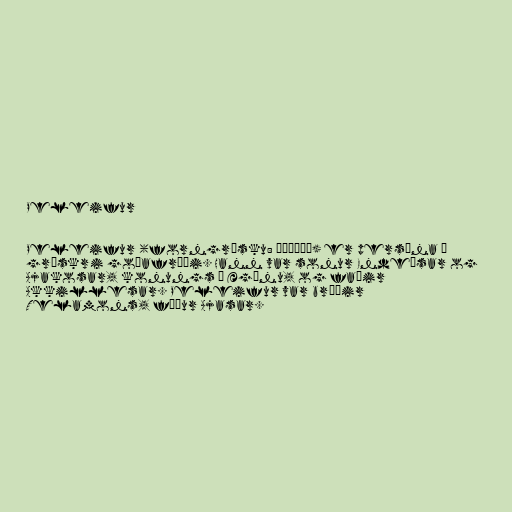
Peleifur

Peleifur (forngrísku: Πηλεύς) er persóna í
grískri goðafræði. Hann var sonur Endeísar og
Ajakosar, konungs á Ægínu, og faðir
Akkillesar. Peleifur var bróðir
Telamons, föður Ajasar.